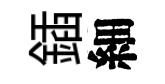
鍤細